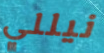
نيللي